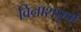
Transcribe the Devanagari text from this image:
विनाशपूर्ण